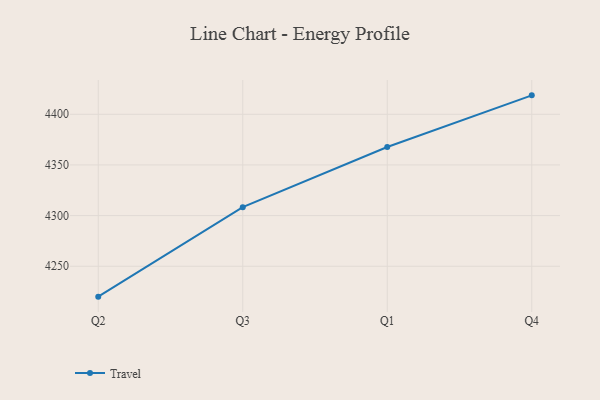
{"axis": {"x": "Quarter", "y": "Demand Index"}, "legend": ["Travel"], "data": [{"x": "Q2", "y": 4220.0, "type": "Travel"}, {"x": "Q3", "y": 4308.3, "type": "Travel"}, {"x": "Q1", "y": 4367.7, "type": "Travel"}, {"x": "Q4", "y": 4418.7, "type": "Travel"}]}